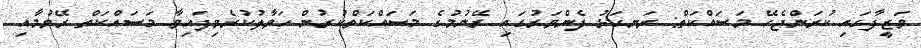
ވަޒީފާގައި ކުރަންޖެހޭ މަސައްކަތް: ރަނގަޅު ފެންވަރުގައި ރޭނުމުގެ މަސައްކަތްކުރުން ހަވާލުކުރެވިފައިވާ މަސައްކަތް ރޭވުމާއި